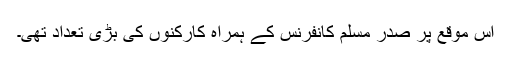
اس موقع پر صدر مسلم کانفرنس کے ہمراہ کارکنوں کی بڑی تعداد تھی۔